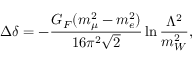
\Delta \delta = - { \frac { G _ { F } ( m _ { \mu } ^ { 2 } - m _ { e } ^ { 2 } ) } { 1 6 \pi ^ { 2 } \sqrt 2 } } \ln { \frac { \Lambda ^ { 2 } } { m _ { W } ^ { 2 } } } ,